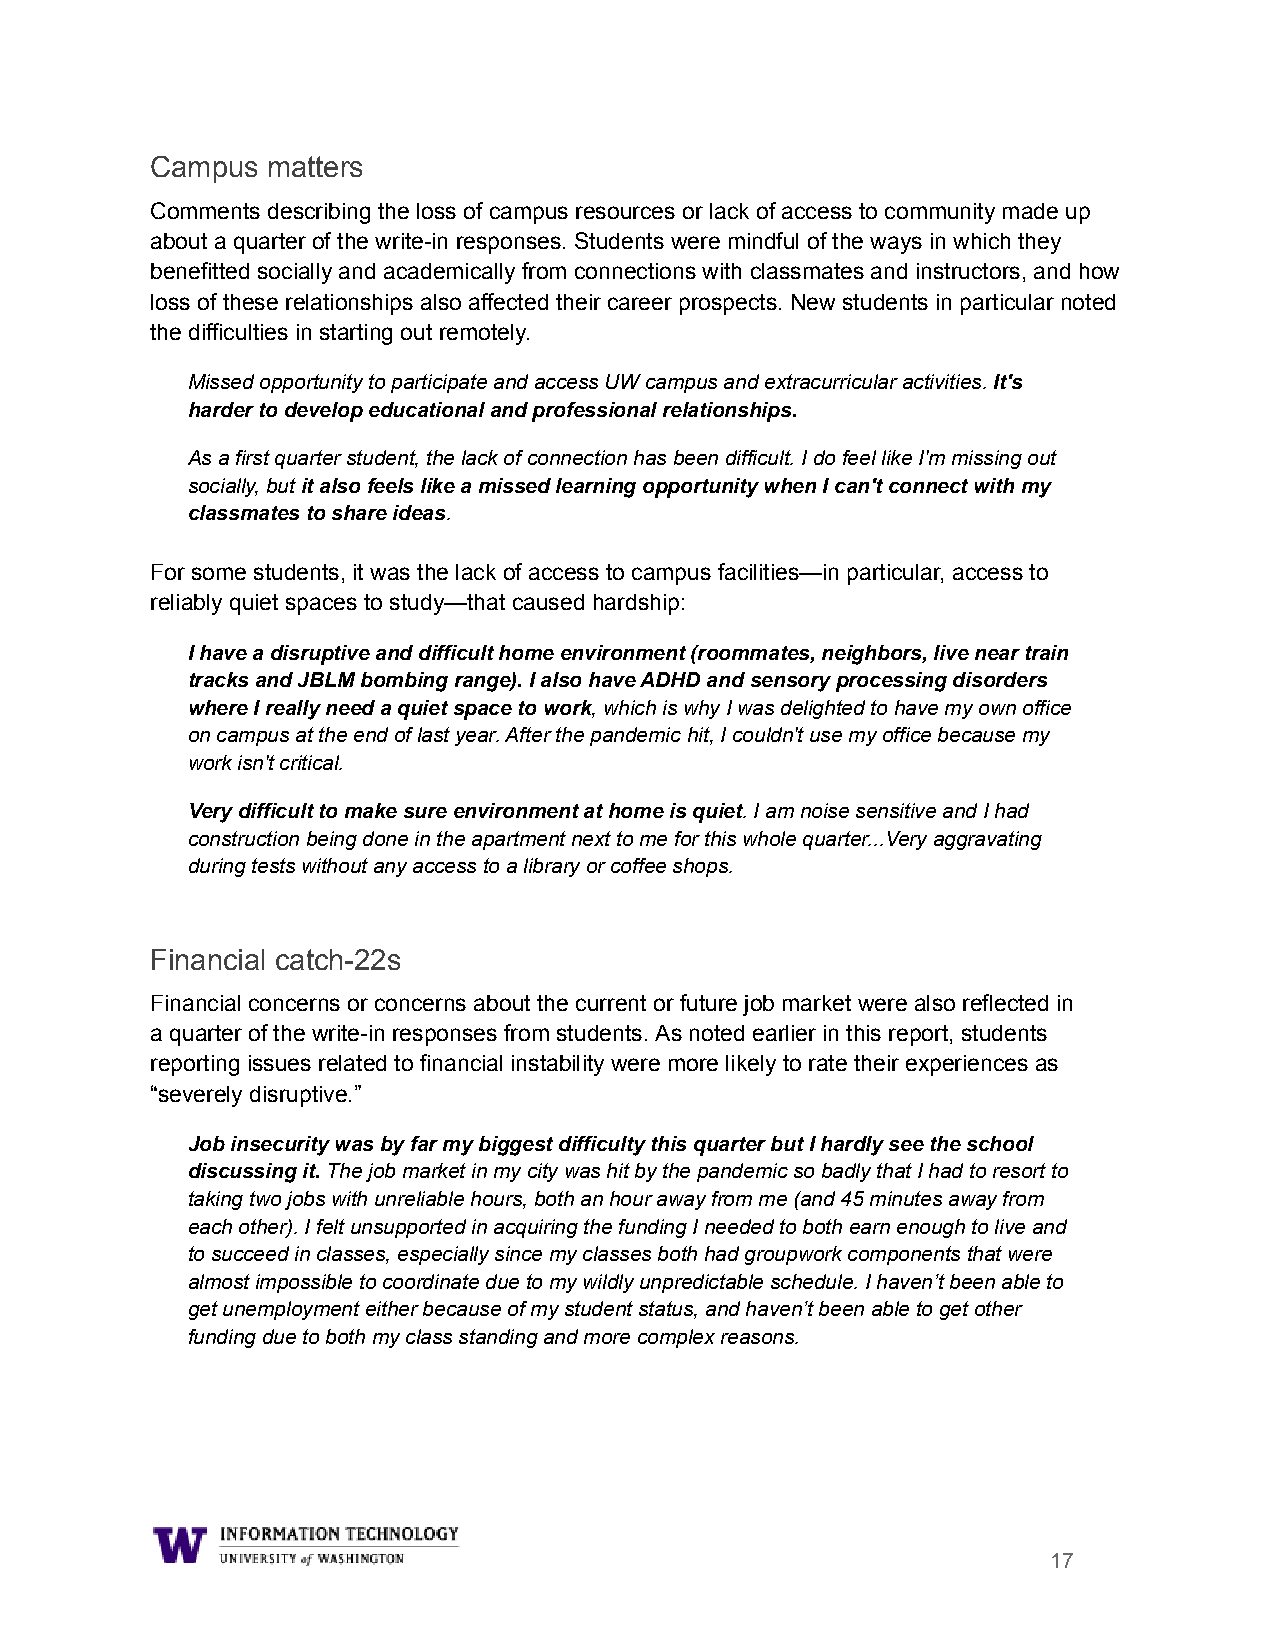
Campus  matters
 Comments describing the loss of campus resources or lack of access to community made up
 about a quarter of the write-in responses. Students were mindful of the ways in which they
 benefitted socially and academically from connections with classmates and instructors, and how
 loss of these relationships also affected their career prospects. New students in particular noted
 the difficulties in starting out remotely.
 Missed opportunity to participate and access UW campusand extracurricular activities.It's
 harder to develop educational and professional relationships.
 As a first quarter student, the lack of connectionhas been difficult. I do feel like I'm missing out
 socially, butit also feels like a missed learningopportunity when I can't connect with my
 classmates to share ideas.
 For some students, it was the lack of access to campus facilities—in particular, access to
 reliably quiet spaces to study—that caused hardship:
 I have a disruptive and difficult home environment(roommates, neighbors, live near train
 tracks and JBLM bombing range). I also have ADHD and sensory processing disorders
 where I really need a quiet space to work, which iswhy I was delighted to have my own office
 on campus at the end of last year. After the pandemic hit, I couldn't use my office because my
 work isn't critical.
 Very difficult to make sure environment at home isquiet. I am noise sensitive and I had
 construction being done in the apartment next to mefor this whole quarter...Very aggravating
 during tests without any access to a library or coffeeshops.
 Financial catch-22s
 Financial concerns or concerns about the current or future job market were also reflected in
 a quarter of the write-in responses from students. As noted earlier in this report, students
 reporting issues related to financial instability were more likely to rate their experiences as
 “severely disruptive.”
 Job insecurity was by far my biggest difficulty thisquarter but I hardly see the school
 discussing it.The job market in my city was hit bythe pandemic so badly that I had to resort to
 taking two jobs with unreliable hours, both an houraway from me (and 45 minutes away from
 each other). I felt unsupported in acquiring the fundingI needed to both earn enough to live and
 to succeed in classes, especially since my classesboth had groupwork components that were
 almost impossible to coordinate due to my wildly unpredictableschedule. I haven’t been able to
 get unemployment either because of my student status,and haven’t been able to get other
 funding due to both my class standing and more complexreasons.
 17